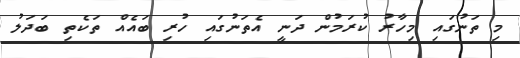
މި ތަނުގައި މިހާރު ކުރަމުން ދަނީ އެތަނުގައި ހުރި ބައެއް ތަކެތި ބަދަލު